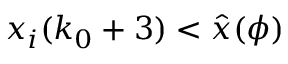
x _ { i } ( k _ { 0 } + 3 ) < \hat { x } ( \phi )